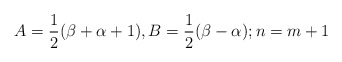
\begin{align*}A=\frac{1}{2}(\beta+\alpha+1), B=\frac{1}{2}(\beta-\alpha); n=m+1\end{align*}